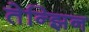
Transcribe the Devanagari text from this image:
तेन्झिन